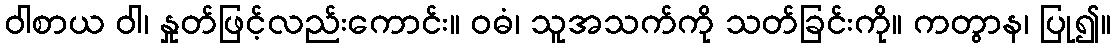
ဝါစာယ ဝါ၊ နှုတ်ဖြင့်လည်းကောင်း။ ဝဓံ၊ သူအသက်ကို သတ်ခြင်းကို။ ကတွာန၊ ပြု၍။